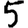
Digit: 5